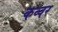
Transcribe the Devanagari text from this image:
कव्वर